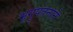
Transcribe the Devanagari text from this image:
भृगुपतनाने